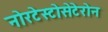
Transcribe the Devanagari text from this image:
नोरटेस्टोसेटेरोन